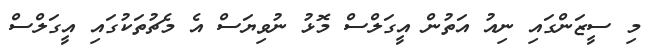
މި ސީޒަންގައި ނިއު އަތުން އީގަލްސް މޮޅު ނުވިޔަސް އެ މެޗުތަކުގައި އީގަލްސް